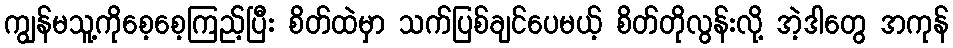
ကျွန်မသူ့ကိုစေ့စေ့ကြည့်ပြီး စိတ်ထဲမှာ သက်ပြစ်ချင်ပေမယ့် စိတ်တိုလွန်းလို့ အဲ့ဒါတွေ အကုန်